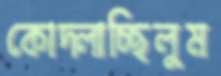
কোদ্‌লাচ্ছিলুম